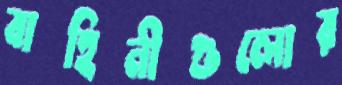
বাহিনীগুলোর